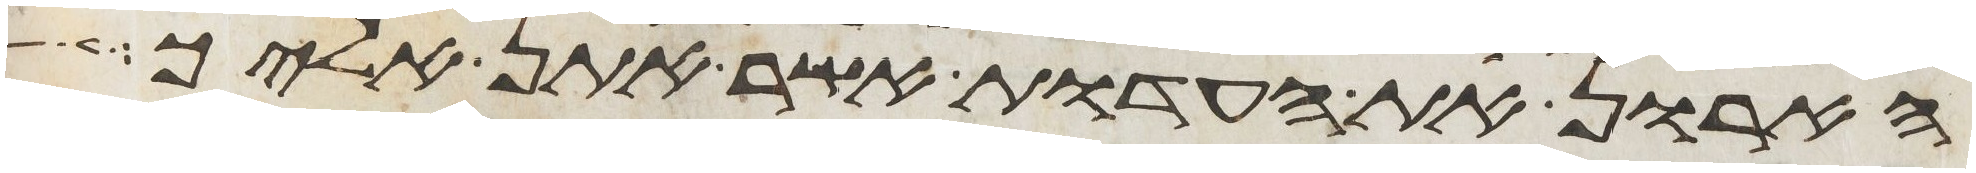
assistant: הארון את העדות אשר אתן אליך